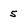
Character: 5